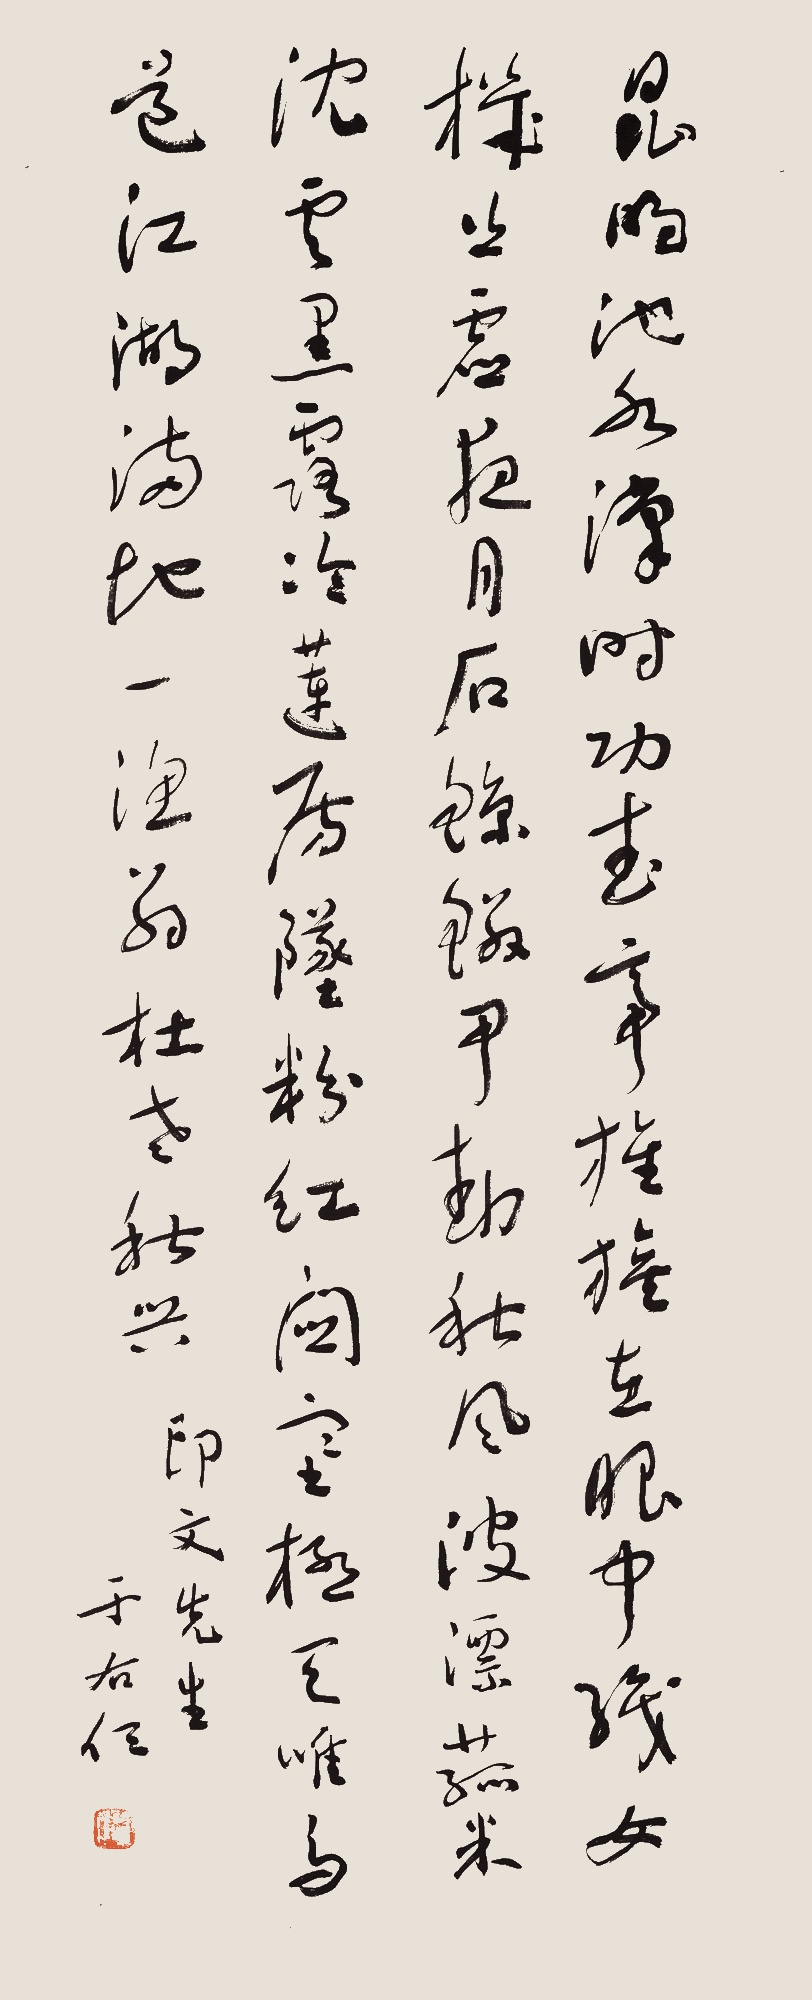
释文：昆明池水汉时功，武帝旌旗在眼中。织女机丝虚夜月，石鲸鳞甲动秋风。波漂菰米沈云黑，露冷莲房坠粉红。关塞极天惟鸟道，江湖满地一渔翁。杜老《秋兴》。印文先生，于右任。